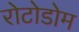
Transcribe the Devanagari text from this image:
रोटोडोम